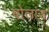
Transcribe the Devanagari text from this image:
बोलांड